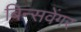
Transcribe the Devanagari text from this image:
बिन्सवेंगर